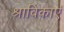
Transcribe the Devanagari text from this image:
श्राविकाएं